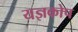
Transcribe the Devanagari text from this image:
यज्ञकोप